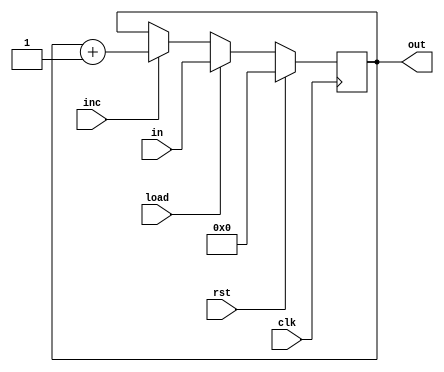
// 15-bit program counter

module program_counter(input clk,
                       input rst,
                       input inc,
                       input load,
                       input [14:0] in,
                       output [14:0] out);

    reg [14:0] out_q, out_d;

    assign out = out_q;

    always @(*)
    begin
        out_d = out_q;
    end

    always @(posedge clk)
    begin
        if (rst) begin
            out_q <= 15'b0;
        end else begin
            if (load) begin
                out_q <= in;
            end else begin
                if (inc) begin
                    out_q <= out_d + 15'b1;
                end else begin
                    out_q <= out_d;
                end
            end
        end
    end

endmodule